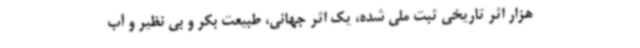
هزار اثر تاریخی ثبت ملی شده، یک اثر جهانی، طبیعت بکر و بی نظیر و آب